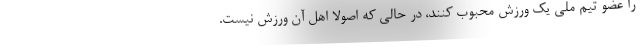
را عضو تیم ملی یک ورزش محبوب کنند، در حالی که اصولاً اهل آن ورزش نیست.